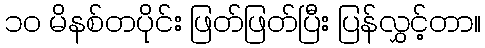
၁၀ မိနစ်တပိုင်း ဖြတ်ဖြတ်ပြီး ပြန်လွှင့်တာ။